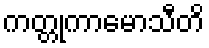
ကတ္တုကာမောသီတိ